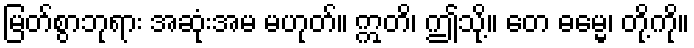
မြတ်စွာဘုရား အဆုံးအမ မဟုတ်။ ဣတိ၊ ဤသို့။ တေ ဓမ္မေ၊ တို့ကို။